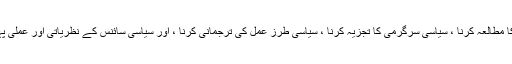
ایک سیاسی سائنس دان کا کام حکومت کے نظام کا مطالعہ کرنا ، سیاسی سرگرمی کا تجزیہ کرنا ، سیاسی طرز عمل کی ترجمانی کرنا ، اور سیاسی سائنس کے نظریاتی اور عملی پہلوؤں کو ایک نظم و ضبط سے تعلteق کرنا ہے۔